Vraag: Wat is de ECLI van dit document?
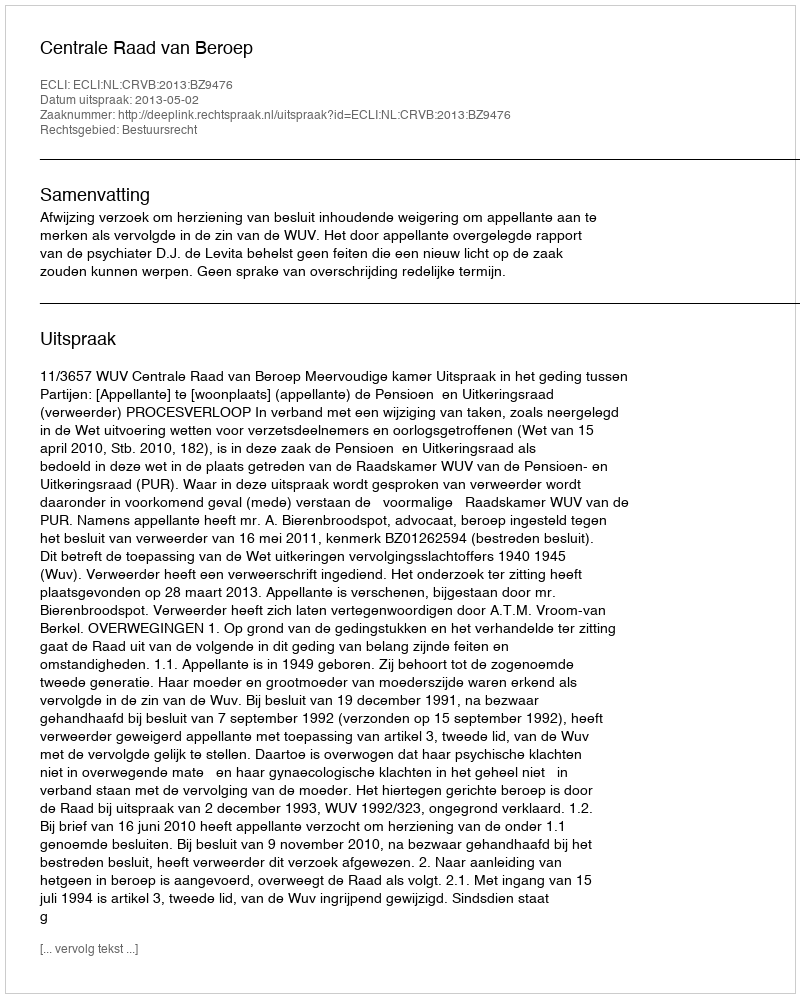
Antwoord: ECLI:NL:CRVB:2013:BZ9476